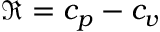
\mathfrak { R } = c _ { p } - c _ { v }